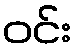
ဝင်း